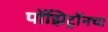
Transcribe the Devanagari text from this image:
पॉझिट्रॉनचा